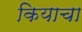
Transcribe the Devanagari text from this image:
कियाचा